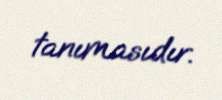
tanımasıdır.